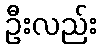
ဦးလည်း